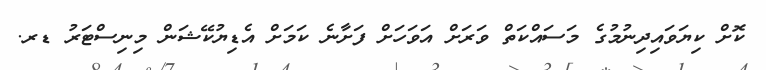
ކޮށް ކިޔަވައިދިނުމުގެ މަސައްކަތް ވަރަށް އަވަހަށް ފަށާނެ ކަމަށް އެޑިޔުކޭޝަން މިނިސްޓަރު ޑރ.